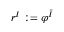
r ^ { I } : = \varphi ^ { \bar { I } }